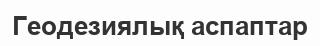
Геодезиялық аспаптар